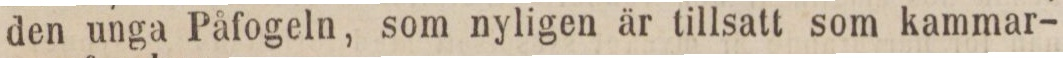
den unga Påfogeln, som nyligen är tillsatt som kammar-